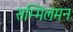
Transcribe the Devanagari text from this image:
सम्मिलमन